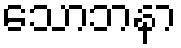
သောဘနာ